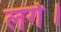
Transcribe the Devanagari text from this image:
लगेे।